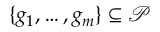
\{ g _ { 1 } , \ldots , g _ { m } \} \subseteq { \mathcal { P } }